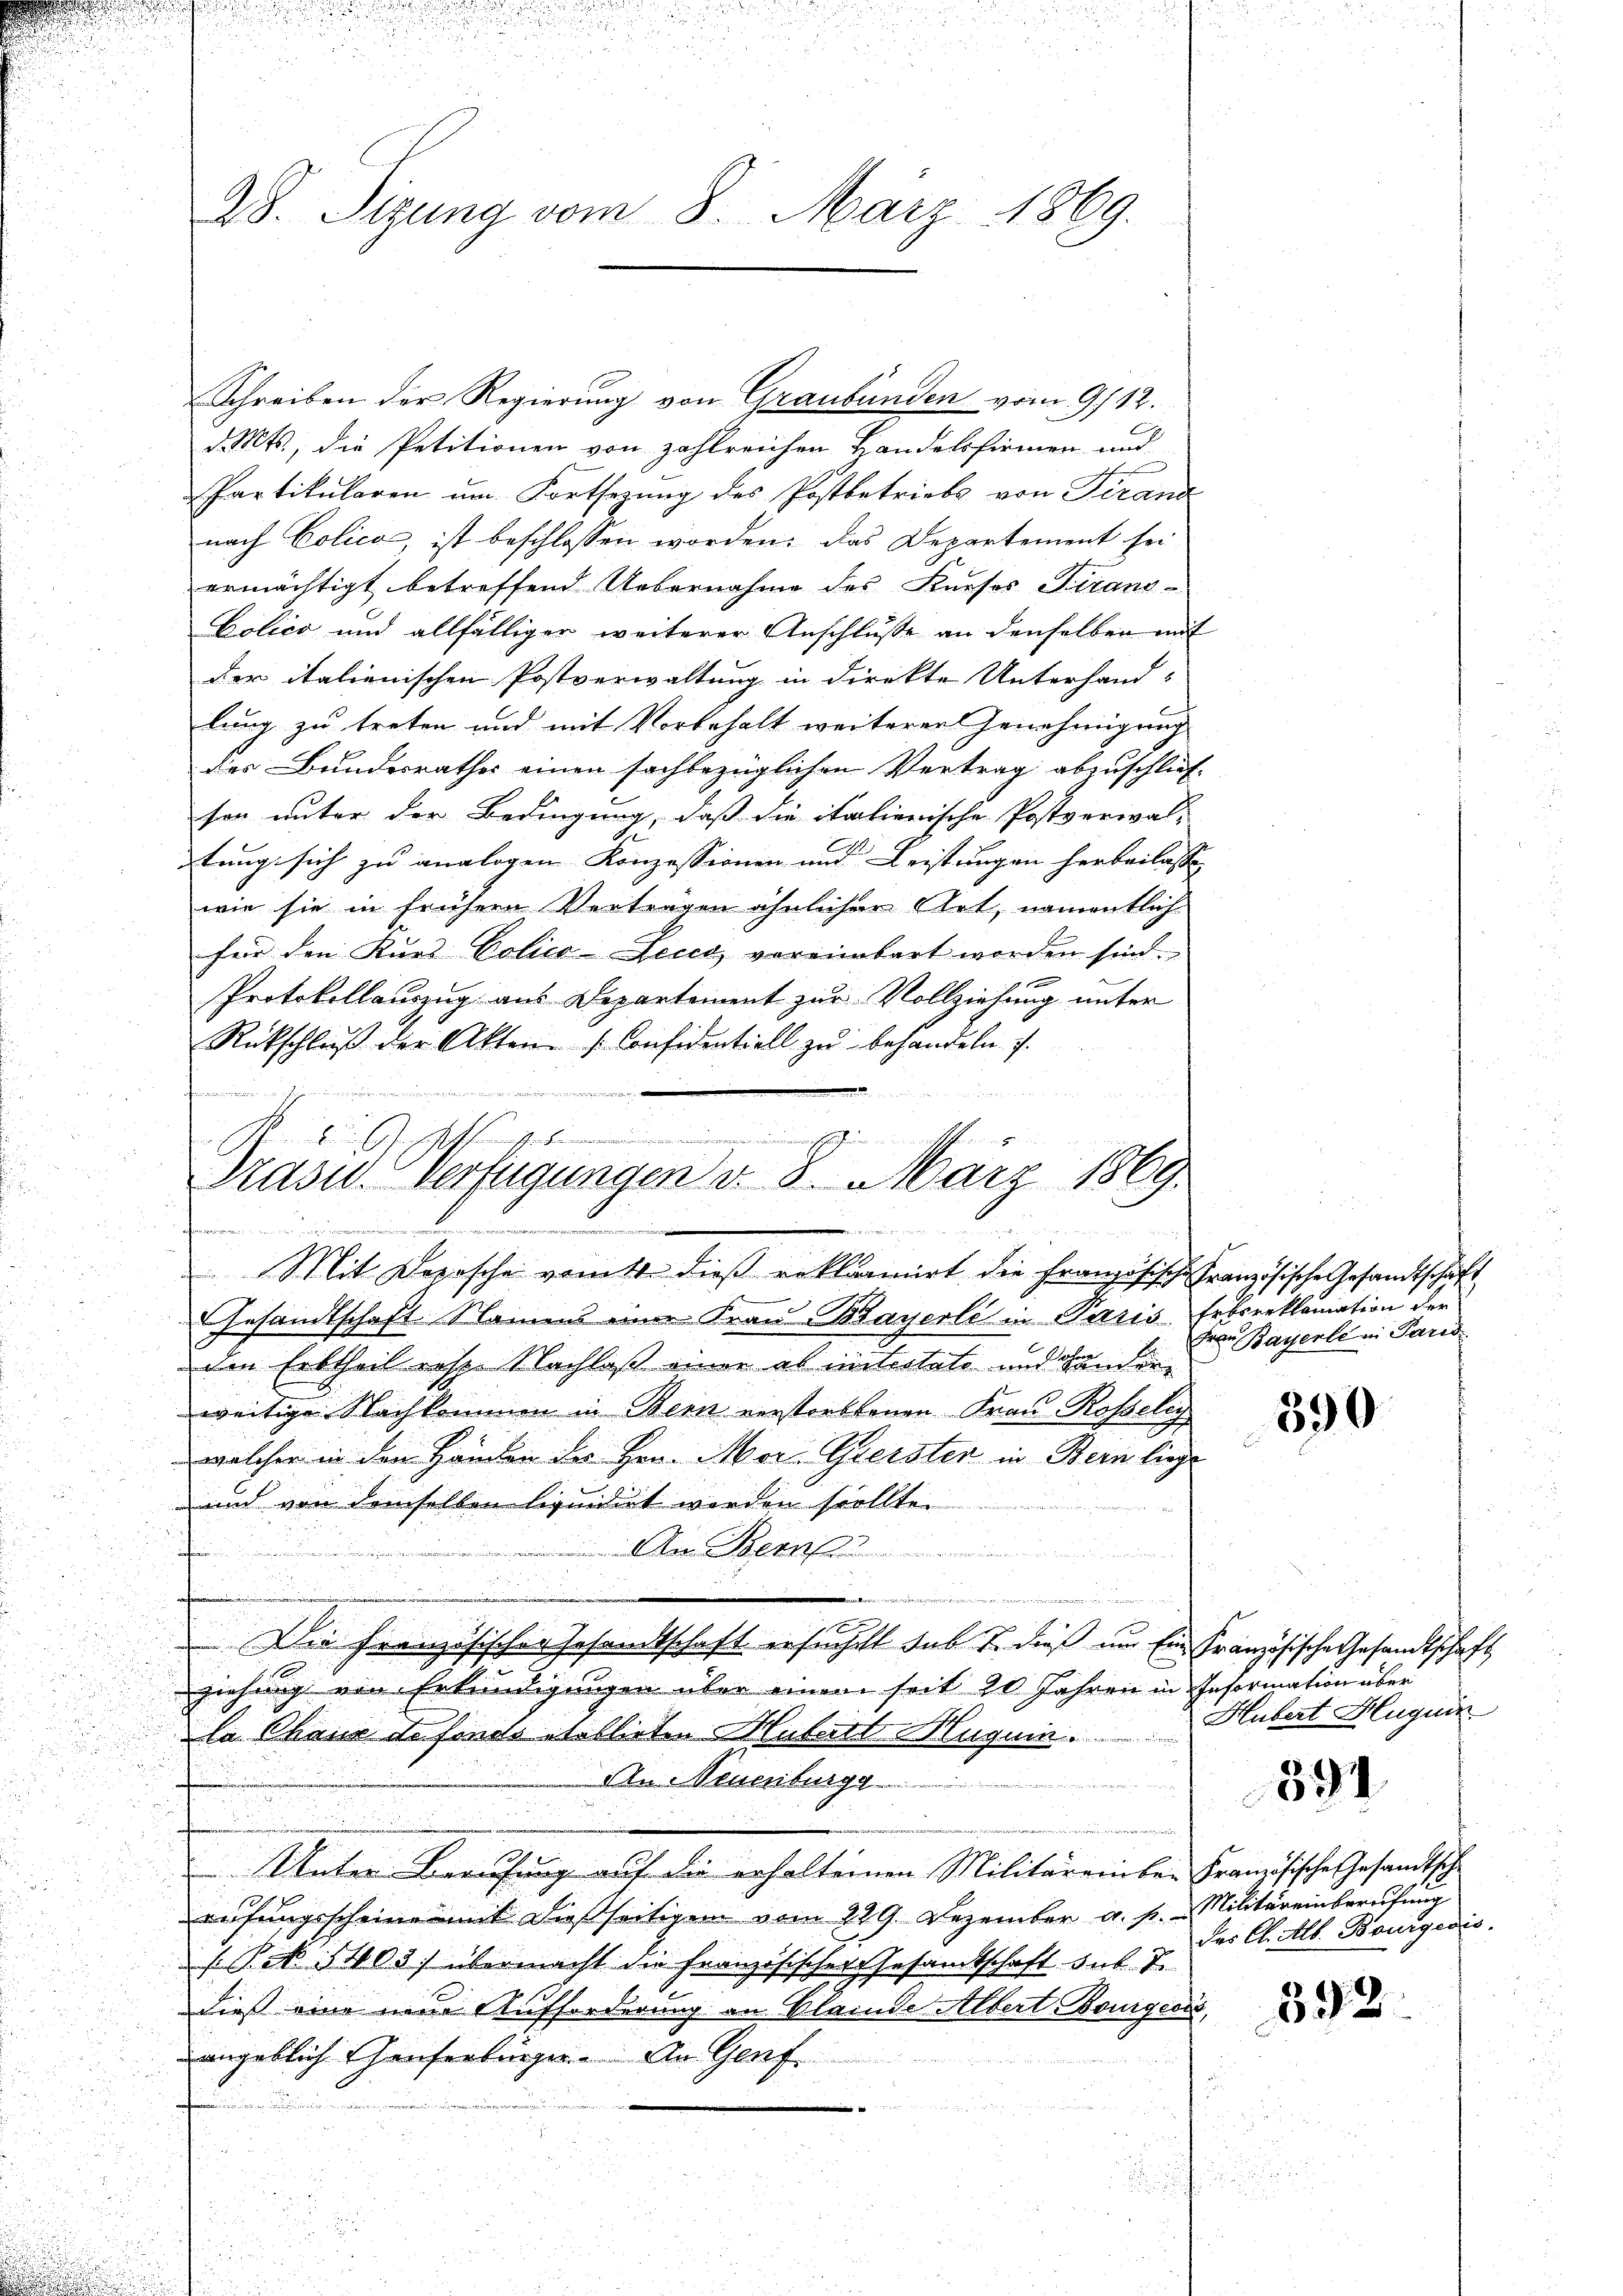
u
u

28. Sizung vom 8. März 1869.

Schreiben der Regierung von Graubünden vom 9/12.
d. Mts., die Petitionen von zahlreichen Landelsfirmen und
Partikularen um Fortsezung des Postbetriebs von Franz
nach Polica, ist beschlossen worden; das Departement sei
ermächtigt betreffend Uebernahme des Kueses Tirano-
Polico und allfälliger weiterer Anschlusse an denselben mit
der italienischen Postverwaltung in direkte Unterhand-
lung zu treten und mit Vorbehalt weiteren Genehmigung
des Bundesrathes einen sachbezüglichen Vertrag abzuschlief-
son unter der Bedingung, daß die italienische Postverwal-
tung sich zu analogen Konzessionen und Leistungen herbeilasse |
wie sie in frühere Vertragen ähnlicher Art, namentlich
für den Kurs Polico ecco voreinbart worden sind.
Protokollauszug aus Departement zur Vollziehung unter
Rückschlŭβ der Akten Considentiell zŭ behandeln. I

.

Präsid. Verfügungen v. 8. März 1869.
.

Mit Deposche von dieß reklamirt die Französische Französische Gesandtschaft
Gesandtschaft Namens eine Frau Bayerli in Paris, Erbsreklamation der
den Erbtheil resp. Nachlaß einer ab intestate und Handere
weitige Nachkommen in Bern verstorbenen Frau Rosseley
welcher in den Handen der Hrn. Mor. Gerster in Bern liege
und von demselben liquidirt werden sollte.

f
Den Bern
1
Die Französischer Gesandtschaft ersuchet sub u. dieß um Ein Französische Gesandtschaft
ziehung von Erkundigungen über einem seit 20 Jahren in Information über
la Chaus defondo geblieben Hubert Huguin
An Neuenburge
Unter Berufung auf die erhaltenen Militäreinbei Französische Gesandtsche
u
rufungsscheine mit dießseitigen vom 229. Dezember a. p. Militäreinberufung
Pct. 1403) übermacht die Französischer Gesamtschaft sub. T.
dies eine neue Aufforderung an Kleinde Albert Bourgeris,
angeblich Hauserbürger. An Genf
u

r
i
u
n
u
d

Fre. Bayerbe in Paris

390

Hubert Huguin

39

der Cl. Alb. Bourgeris

392.